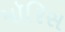
મૉરિસ